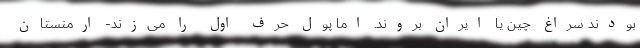
بودند سراغ چین یا ایران بروند. اما پول حرف اول را می‌زند- ارمنستان